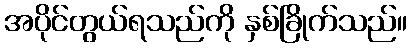
အပိုင်တွယ်ရသည်ကို နှစ်ခြိုက်သည်။